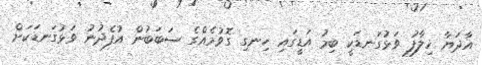
އާދަޔާ ޚިލާފު ވަޅުގަނޑަކީ ބިމު އަޑީގައި ހިނގި ގޮވުމެއްގެ ސަބަބުން އުފެދުނު ވަޅުގަނޑަކަށް